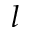
l